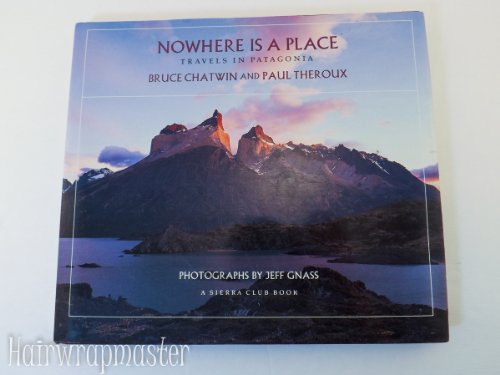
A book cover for Nowhere Is a Place Travels in Patagonia a Sierra Club Book (Hardback); Bruce Chatwin; Travel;